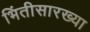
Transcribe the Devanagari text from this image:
भिंतीसारख्या